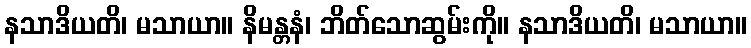
နသာဒိယတိ၊ မသာယာ။ နိမန္တနံ၊ ဘိတ်သောဆွမ်းကို။ နသာဒိယတိ၊ မသာယာ။